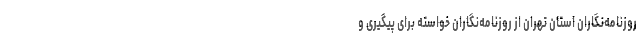
روزنامه‌نگاران استان تهران از روزنامه‌نگاران خواسته برای پیگیری و